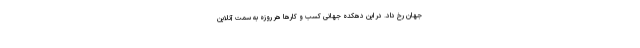
جهان رخ داد. در این دهکده جهانی کسب و کارها هر روزه به سمت آنلاین